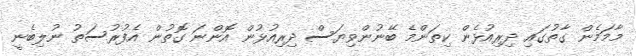
މާމަމެން ގާތުގައި ދިރިއުޅެން ކިތަންމެ ބޭނުންވިޔަސް ދިރިއުޅުން އޮންނަ ގޮތުން އެފުރުސަތު ނުލިބެނީ